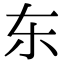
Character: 东